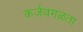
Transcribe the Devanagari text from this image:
कर्जवगळता